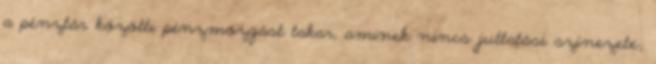
a pénztár közötti pénzmozgást takar, aminek nincs juttatási színezete;